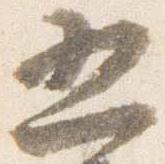
五